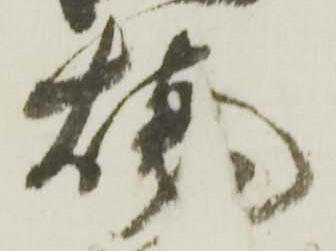
焼